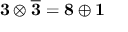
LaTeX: \mathbf { 3 } \otimes \mathbf { \overline { { 3 } } } = \mathbf { 8 } \oplus \mathbf { 1 }